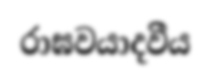
රාඝවයාදවීය